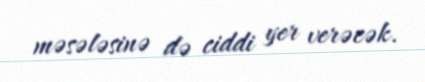
məsələsinə də ciddi yer verəcək.